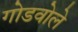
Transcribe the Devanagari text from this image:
गोडवोले